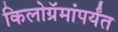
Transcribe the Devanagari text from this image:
किलोग्रॅमांपर्यंत